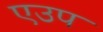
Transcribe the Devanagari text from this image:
एउप